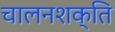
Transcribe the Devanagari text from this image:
चालनशक्ति